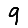
Digit: 9